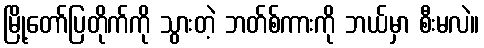
မြို့တော်ပြတိုက်ကို သွားတဲ့ ဘတ်စ်ကားကို ဘယ်မှာ စီးမလဲ။